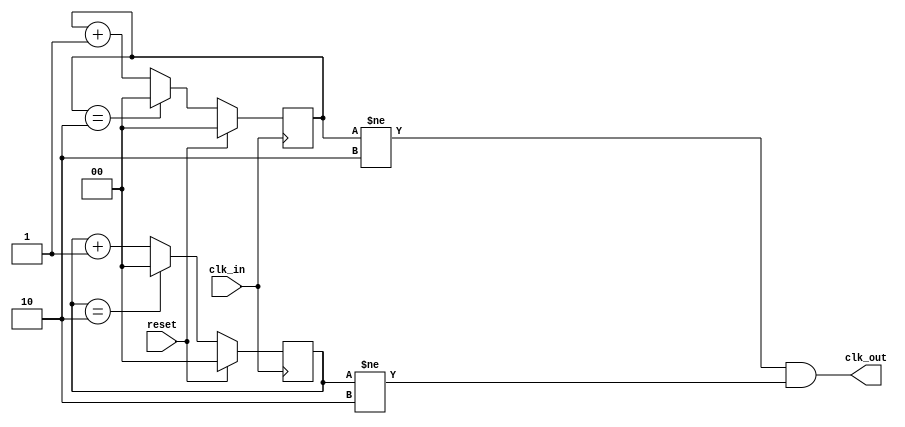
//-----------------------------------------------------
// Design Name : divide_by_3 
// Function    : Divide By 3
// Coder       : Deepak Kumar Tala
//-----------------------------------------------------
module divide_by_3 (
clk_in       , //Input Clock
reset        , // Reset Input
clk_out        // Output Clock
);
//-----------Input Ports---------------
input clk_in;
input  reset;
//-----------Output Ports---------------
output clk_out;
//------------Internal Variables--------
reg [1:0] pos_cnt;
reg [1:0] neg_cnt;
//-------------Code Start-----------------
// Posedge counter
always @ (posedge clk_in)
if (reset) begin
  pos_cnt <= 0;
end else begin
  pos_cnt <= (pos_cnt == 2) ? 0 : pos_cnt + 1;
end
// Neg edge counter
always @ (negedge clk_in)
if (reset) begin
  neg_cnt <= 0;
end else begin
  neg_cnt <= (neg_cnt == 2) ? 0 : neg_cnt + 1;
end

assign clk_out = ((pos_cnt != 2) && (neg_cnt != 2));

endmodule

// Testbench to check the divide_by_3 logic
module test();
reg reset, clk_in;
wire clk_out;
divide_by_3 U (
  .clk_in (clk_in),
  .reset  (reset),
  .clk_out (clk_out)
);

initial begin
   clk_in = 0;
   reset = 0;
   #2 reset = 1;
   #2 reset = 0;
   #100 $finish;
end

always #1 clk_in = ~clk_in;

endmodule